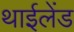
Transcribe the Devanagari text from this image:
थाईलेंड